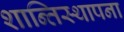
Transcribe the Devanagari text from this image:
शान्तिस्थापना